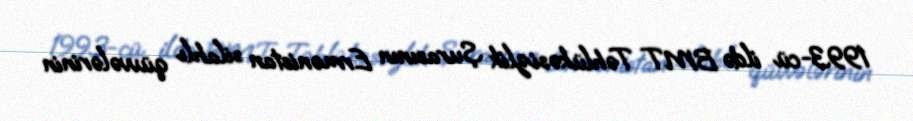
1993-cü ildə BMT Təhlükəsizlik Şurasının Ermənistan silahlı qüvvələrinin